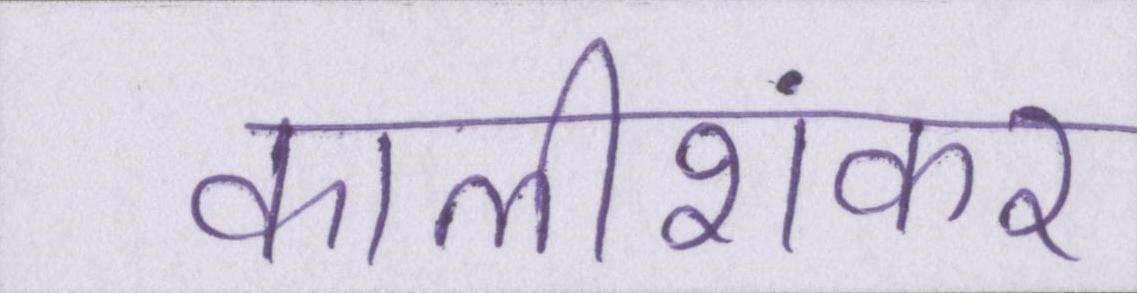
कालीशंकर